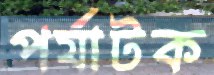
পর্যাটক